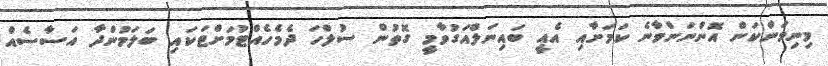
މިނިވަންކަން އޮންނަންވާނެ ކަމަށާއި އެއީ ބައިނަލްއަގުވާމީ ގޮތުން ސުލްހަ ދެމެހެއްޓުމަށްޓަކައި ބަލަމުންދާ އަސާސެއް